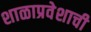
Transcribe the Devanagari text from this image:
शाळाप्रवेशाची